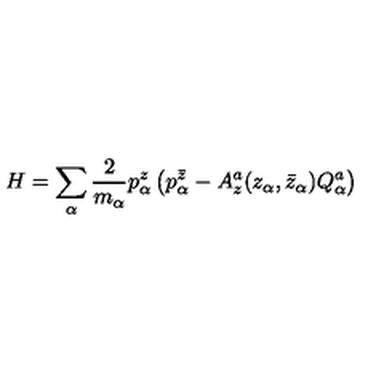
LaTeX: H = \sum _ { \alpha } { \frac { 2 } { m _ { \alpha } } } p _ { \alpha } ^ { z } \left( p _ { \alpha } ^ { \bar { z } } - A _ { z } ^ { a } ( z _ { \alpha } , \bar { z } _ { \alpha } ) Q _ { \alpha } ^ { a } \right)